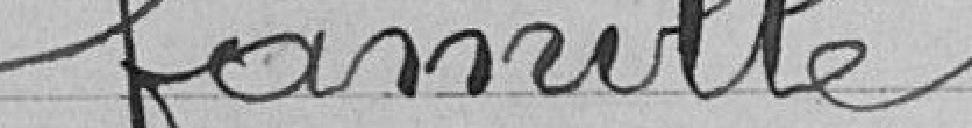
famille